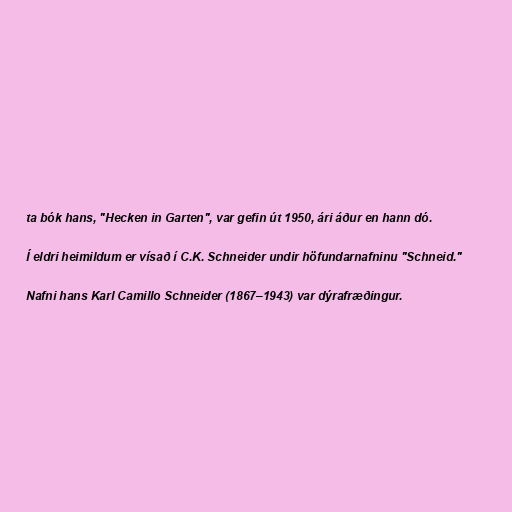
ta bók hans, "Hecken in Garten", var gefin út 1950, ári áður en hann dó.

Í eldri heimildum er vísað í C.K. Schneider undir höfundarnafninu "Schneid."

Nafni hans Karl Camillo Schneider (1867–1943) var dýrafræðingur.